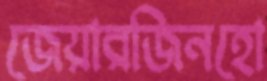
জেয়ারজিনহো